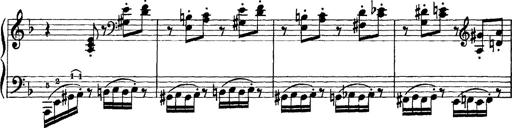
Title: Scherzo und Marsch
Composer: Franz Liszt